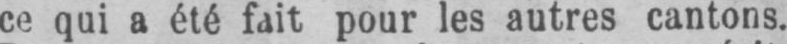
ce qui a été fait pour les autres cantons.